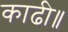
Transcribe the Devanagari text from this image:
काढी॥